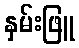
နှမ်းဖြူ